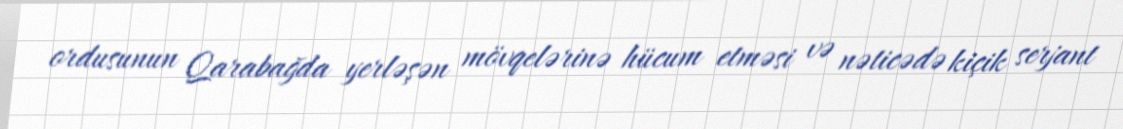
ordusunun Qarabağda yerləşən mövqelərinə hücum etməsi və nəticədə kiçik serjant